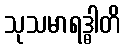
သုသမာရဒ္ဓါတိ